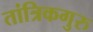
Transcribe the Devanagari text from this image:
तांत्रिकगुरु